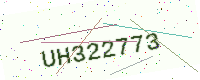
Text: UH322773